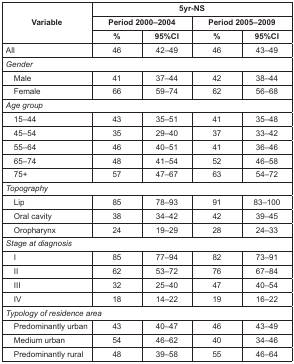
<table><thead><tr><td rowspan="3"><b>Variable</b></td><td colspan="4"><b>5yr-NS</b></td></tr><tr><td colspan="2"><b>Period 2000–2004</b></td><td colspan="2"><b>Period 2005–2009</b></td></tr><tr><td><b>%</b></td><td><b>95%CI</b></td><td><b>%</b></td><td><b>95%CI</b></td></tr></thead><tbody><tr><td>All</td><td>46</td><td>42–49</td><td>46</td><td>43–49</td></tr><tr><td colspan="5"><i>Gender</i></td></tr><tr><td>Male</td><td>41</td><td>37–44</td><td>42</td><td>38–44</td></tr><tr><td>Female</td><td>66</td><td>59–74</td><td>62</td><td>56–68</td></tr><tr><td colspan="5"><i>Age group</i></td></tr><tr><td>15–44</td><td>43</td><td>35–51</td><td>41</td><td>35–48</td></tr><tr><td>45–54</td><td>35</td><td>29–40</td><td>37</td><td>33–42</td></tr><tr><td>55–64</td><td>46</td><td>40–51</td><td>41</td><td>36–46</td></tr><tr><td>65–74</td><td>48</td><td>41–54</td><td>52</td><td>46–58</td></tr><tr><td>75+</td><td>57</td><td>47–67</td><td>63</td><td>54–72</td></tr><tr><td colspan="5"><i>Topography</i></td></tr><tr><td>Lip</td><td>85</td><td>78–93</td><td>91</td><td>83–100</td></tr><tr><td>Oral cavity</td><td>38</td><td>34–42</td><td>42</td><td>39–45</td></tr><tr><td>Oropharynx</td><td>24</td><td>19–29</td><td>28</td><td>24–33</td></tr><tr><td colspan="5"><i>Stage at diagnosis</i></td></tr><tr><td>I</td><td>85</td><td>77–94</td><td>82</td><td>73–91</td></tr><tr><td>II</td><td>62</td><td>53–72</td><td>76</td><td>67–84</td></tr><tr><td>III</td><td>32</td><td>25–40</td><td>47</td><td>40–54</td></tr><tr><td>IV</td><td>18</td><td>14–22</td><td>19</td><td>16–22</td></tr><tr><td colspan="5"><i>Typology of residence area</i></td></tr><tr><td>Predominantly urban</td><td>43</td><td>40–47</td><td>46</td><td>43–49</td></tr><tr><td>Medium urban</td><td>54</td><td>46–62</td><td>40</td><td>34–46</td></tr><tr><td>Predominantly rural</td><td>48</td><td>39–58</td><td>55</td><td>46–64</td></tr></tbody></table>